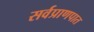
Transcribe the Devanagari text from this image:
सर्वप्राणपात